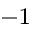
^ { - 1 }